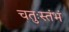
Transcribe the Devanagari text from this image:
चतुःस्तंभं